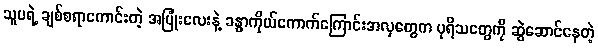
သူမရဲ့ ချစ်စရာကောင်းတဲ့ အပြုံးလေးနဲ့ ခန္ဓာကိုယ်ကောက်ကြောင်းအလှတွေက ပုရိသတွေကို ဆွဲဆောင်နေတဲ့